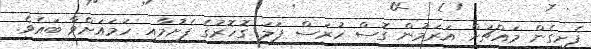
ފެށިގެން މައްޗަށް އަރަމުން ގޮސް ހުރަސް ފަލަ ގޮހޮރުގެ ފެށުމާއި ހަމައަށްވާ ބައެވެ.